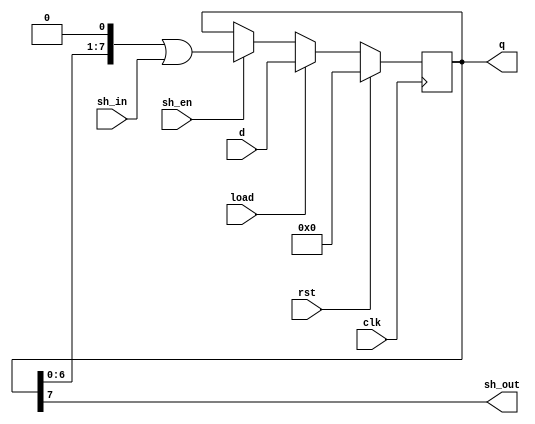
module components_shiftreg #(
  /**
   * Width of shift register
   */
  parameter WIDTH = 8,
  /**
   * Value to reset to
   */
  parameter RESET_VAL = 0
) (
  input clk,
  input rst,
  input sh_en,
  input load,
  input [WIDTH-1:0] d,
  input sh_in,
  output [WIDTH-1:0] q,
  output sh_out
);

  reg [WIDTH-1:0] contents;

  always @(posedge clk) begin
    if (rst == 1'b1)
      contents <= RESET_VAL;
    else if (load == 1'b1)
      contents <= d;
    else if (sh_en == 1'b1)
      contents <= (contents << 1) | sh_in;
  end

  assign q = contents;
  assign sh_out = contents[WIDTH-1];
endmodule